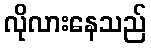
လိုလားနေသည်